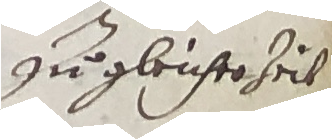
zugleicher zeit